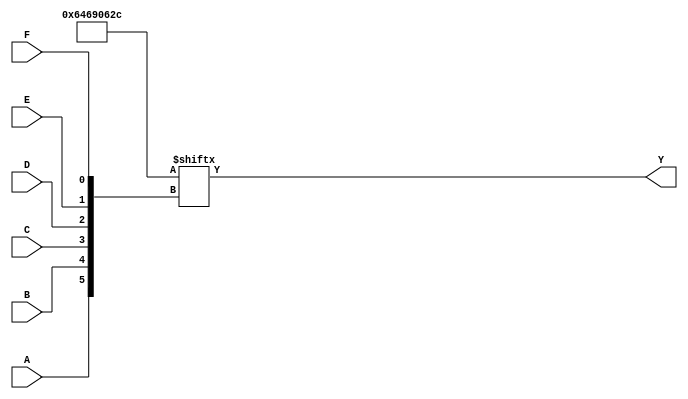
module kmap_6var (
    input wire A,    // Variable A
    input wire B,    // Variable B
    input wire C,    // Variable C
    input wire D,    // Variable D
    input wire E,    // Variable E
    input wire F,    // Variable F
    output wire Y    // Output Y representing the simplified Boolean function
);

// Internal wire to represent the K-map
wire [63:0] kmap;

// K-map population based on minterms
// Each bit corresponds to a minterm. 
// The bits should be set to '1' for the minterms where the function evaluates to true.
assign kmap[0]   = 1'b0;  // m0
assign kmap[1]   = 1'b0;  // m1
assign kmap[2]   = 1'b1;  // m2
assign kmap[3]   = 1'b1;  // m3
assign kmap[4]   = 1'b0;  // m4
assign kmap[5]   = 1'b1;  // m5
assign kmap[6]   = 1'b0;  // m6
assign kmap[7]   = 1'b0;  // m7
assign kmap[8]   = 1'b0;  // m8
assign kmap[9]   = 1'b1;  // m9
assign kmap[10]  = 1'b1;  // m10
assign kmap[11]  = 1'b0;  // m11
assign kmap[12]  = 1'b0;  // m12
assign kmap[13]  = 1'b0;  // m13
assign kmap[14]  = 1'b0;  // m14
assign kmap[15]  = 1'b0;  // m15
assign kmap[16]  = 1'b1;  // m16
assign kmap[17]  = 1'b0;  // m17
assign kmap[18]  = 1'b0;  // m18
assign kmap[19]  = 1'b1;  // m19
assign kmap[20]  = 1'b0;  // m20
assign kmap[21]  = 1'b1;  // m21
assign kmap[22]  = 1'b1;  // m22
assign kmap[23]  = 1'b0;  // m23
assign kmap[24]  = 1'b0;  // m24
assign kmap[25]  = 1'b0;  // m25
assign kmap[26]  = 1'b1;  // m26
assign kmap[27]  = 1'b0;  // m27
assign kmap[28]  = 1'b0;  // m28
assign kmap[29]  = 1'b1;  // m29
assign kmap[30]  = 1'b1;  // m30
assign kmap[31]  = 1'b0;  // m31
assign kmap[32]  = 1'b0;  // m32
assign kmap[33]  = 1'b0;  // m33
assign kmap[34]  = 1'b0;  // m34
assign kmap[35]  = 1'b0;  // m35
assign kmap[36]  = 1'b0;  // m36
assign kmap[37]  = 1'b0;  // m37
assign kmap[38]  = 1'b0;  // m38
assign kmap[39]  = 1'b0;  // m39
assign kmap[40]  = 1'b0;  // m40
assign kmap[41]  = 1'b0;  // m41
assign kmap[42]  = 1'b0;  // m42
assign kmap[43]  = 1'b0;  // m43
assign kmap[44]  = 1'b0;  // m44
assign kmap[45]  = 1'b0;  // m45
assign kmap[46]  = 1'b0;  // m46
assign kmap[47]  = 1'b0;  // m47
assign kmap[48]  = 1'b0;  // m48
assign kmap[49]  = 1'b0;  // m49
assign kmap[50]  = 1'b0;  // m50
assign kmap[51]  = 1'b0;  // m51
assign kmap[52]  = 1'b0;  // m52
assign kmap[53]  = 1'b0;  // m53
assign kmap[54]  = 1'b0;  // m54
assign kmap[55]  = 1'b0;  // m55
assign kmap[56]  = 1'b0;  // m56
assign kmap[57]  = 1'b0;  // m57
assign kmap[58]  = 1'b0;  // m58
assign kmap[59]  = 1'b0;  // m59
assign kmap[60]  = 1'b0;  // m60
assign kmap[61]  = 1'b0;  // m61
assign kmap[62]  = 1'b0;  // m62
assign kmap[63]  = 1'b0;  // m63

// Generate the output based on the K-map
assign Y = kmap[{A, B, C, D, E, F}];

endmodule